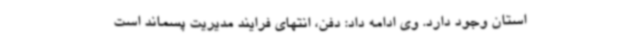
استان وجود دارد. وی ادامه داد: دفن، انتهای فرایند مدیریت پسماند است